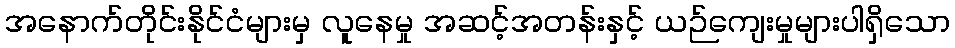
အနောက်တိုင်းနိုင်ငံများမှ လူနေမှု အဆင့်အတန်းနှင့် ယဉ်ကျေးမှုများပါရှိသော